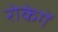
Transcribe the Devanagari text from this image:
रोकेगें